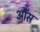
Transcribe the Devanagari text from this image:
आैंस